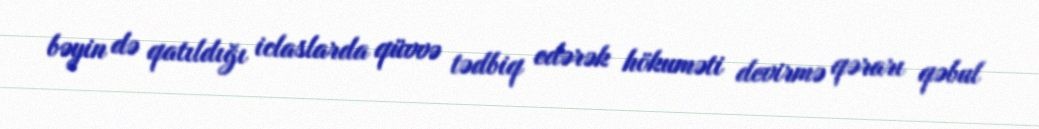
bəyin də qatıldığı iclaslarda qüvvə tədbiq edərək hökuməti devirmə qərarı qəbul